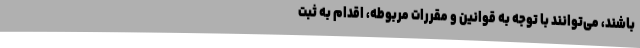
باشند، می‌توانند با توجه به قوانین و مقررات مربوطه، اقدام به ثبت